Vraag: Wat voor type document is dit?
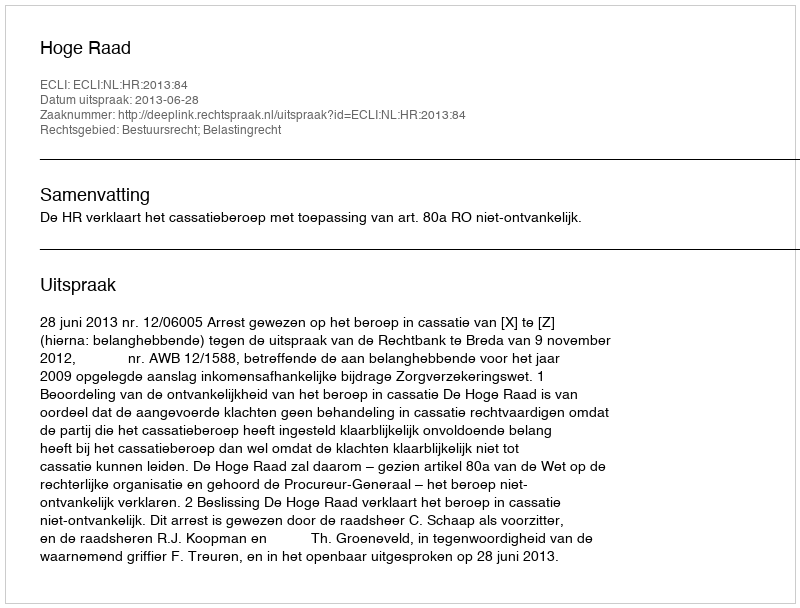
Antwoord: Uitspraak